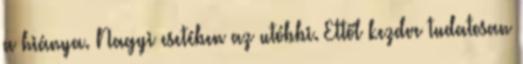
a hiánya. Nagyi esetében az utóbbi. Ettől kezdve tudatosan